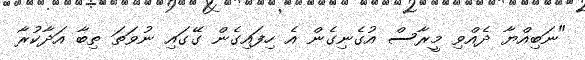
"ނަބިއްޔާ ދެއްވި މީރާސް އުގެނިގެން އެ ހިފައިގެން ގޭގައި ނުވަތަ ތިބާ އަދާކުރާ